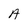
Character: A